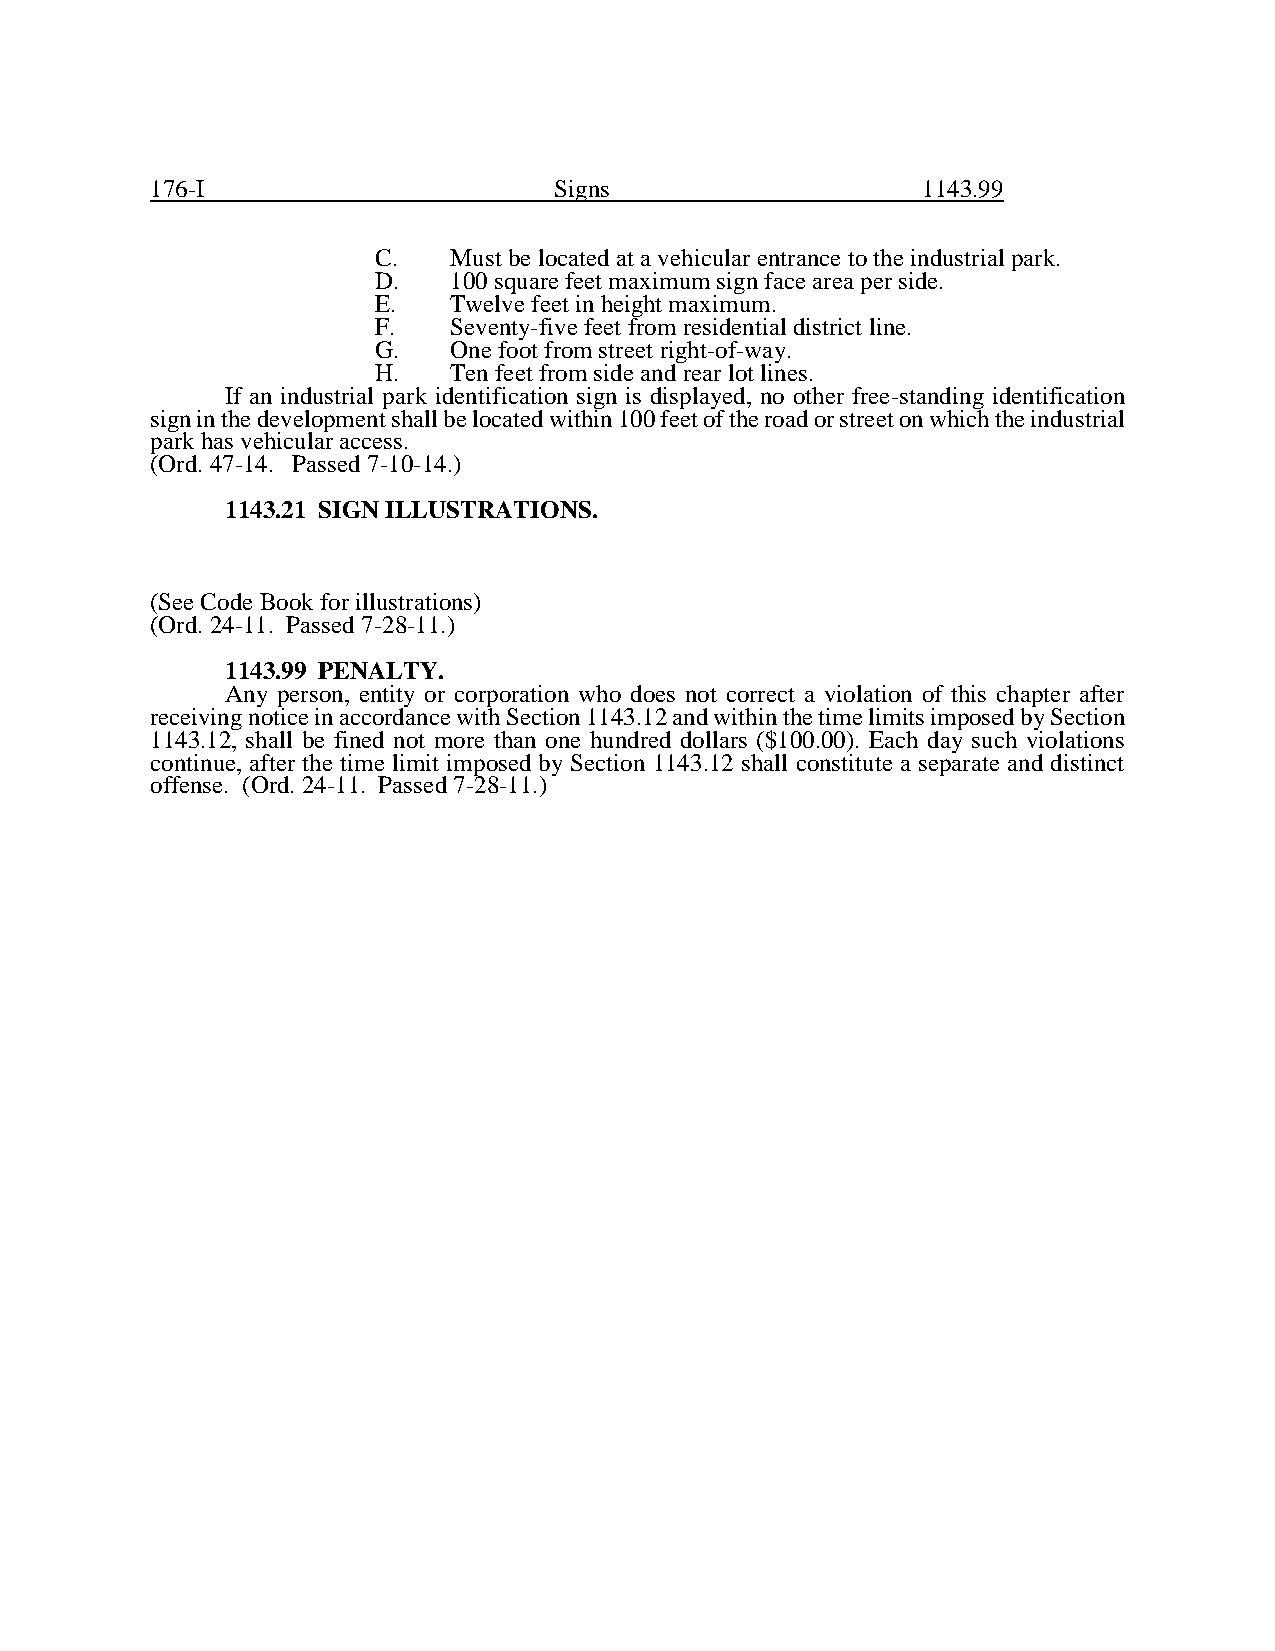
176-I                      Signs                   1143.99
 C.   Must be located at a vehicular entrance to the industrial park.
 D.   100 square feet maximum sign face area per side.
 E.   Twelve feet in height maximum.
 F.   Seventy-five feet from residential district line.
 G.   One foot from street right-of-way.
 H.   Ten feet from side and rear lot lines.
 If an industrial park identification sign is displayed, no other free-standing identification
 sign in the development shall be located within 100 feet of the road or street on which the industrial
 park has vehicular access.
 (Ord. 47-14. Passed 7-10-14.)
 1143.21 SIGN ILLUSTRATIONS.
 (See Code Book for illustrations)
 (Ord. 24-11. Passed 7-28-11.)
 1143.99 PENALTY.
 Any person, entity or corporation who does not correct a violation of this chapter after
 receiving notice in accordance with Section 1143.12 and within the time limits imposed by Section
 1143.12, shall be fined not more than one hundred dollars ($100.00). Each day such violations
 continue, after the time limit imposed by Section 1143.12 shall constitute a separate and distinct
 offense. (Ord. 24-11. Passed 7-28-11.)